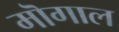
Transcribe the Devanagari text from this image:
मॊगाल